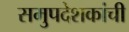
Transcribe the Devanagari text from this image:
समुपदेशकांची